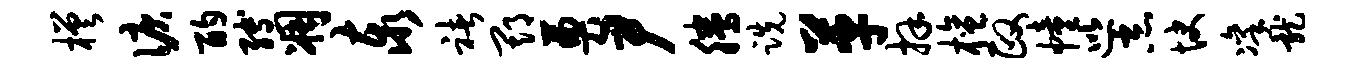
槎泪酌缚凋泰褚期奠尹腾跣革拜檀政幢巡恶快凛龙